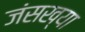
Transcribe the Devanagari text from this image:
जंसख्या